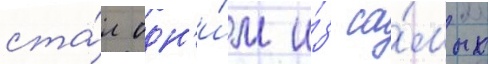
ста́л одн'и́м и́з са́мых